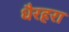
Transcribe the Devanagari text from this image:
धैरहरा